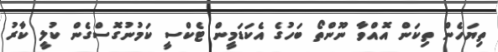
ތިޔަހެން ތިކަން އޮއްވާ ނޫންތޯ ބަހުގެ އެކަޑަމީން ޓެކްސީ ކަމުނުގޮސްގެން ކުލީ ކާރު